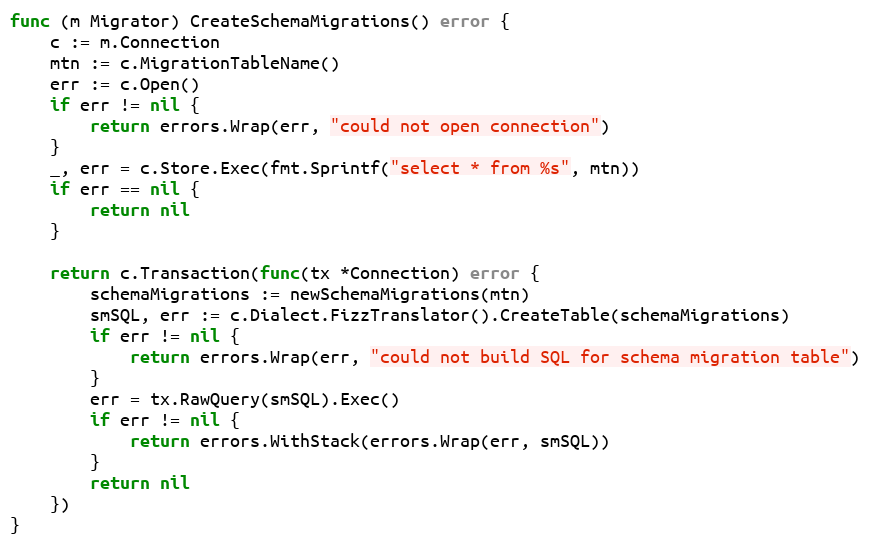
Language: Go
func (m Migrator) CreateSchemaMigrations() error {
	c := m.Connection
	mtn := c.MigrationTableName()
	err := c.Open()
	if err != nil {
		return errors.Wrap(err, "could not open connection")
	}
	_, err = c.Store.Exec(fmt.Sprintf("select * from %s", mtn))
	if err == nil {
		return nil
	}

	return c.Transaction(func(tx *Connection) error {
		schemaMigrations := newSchemaMigrations(mtn)
		smSQL, err := c.Dialect.FizzTranslator().CreateTable(schemaMigrations)
		if err != nil {
			return errors.Wrap(err, "could not build SQL for schema migration table")
		}
		err = tx.RawQuery(smSQL).Exec()
		if err != nil {
			return errors.WithStack(errors.Wrap(err, smSQL))
		}
		return nil
	})
}